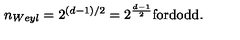
n _ { W e y l } = 2 ^ { ( d - 1 ) / 2 } = 2 ^ { \frac { d - 1 } { 2 } } \mathrm { f o r d o d d } .